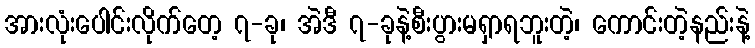
အားလုံးပေါင်းလိုက်တေ့ ၇-ခု၊ အဲဒီ ၇-ခုနဲ့စီးပွားမရှာရဘူးတဲ့၊ ကောင်းတဲ့နည်းနဲ့